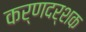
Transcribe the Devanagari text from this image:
कर्णदर्शक